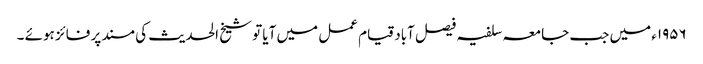
۱۹۵۶ء میں جب جامعہ سلفیہ فیصل آباد قیام عمل میں آیا تو شیخ الحدیث کی مسند پر فائز ہوئے ۔